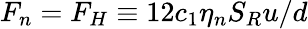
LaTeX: F_{n}=F_{H}\equiv 12c_{1}\eta_{n}S_{R}u/d